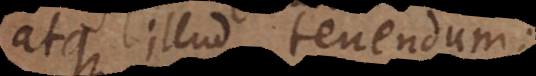
que illud tenendum: